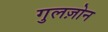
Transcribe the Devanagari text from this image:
गुलज़ोन